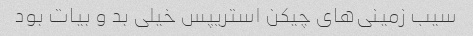
سیب زمینی‌های چیکن استریپس خیلی بد و بیات بود